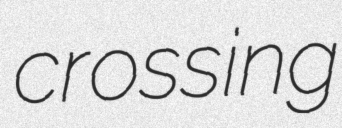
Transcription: crossing